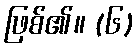
ဖြစ်၏။ (၆)